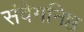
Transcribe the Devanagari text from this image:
संवेगनिष्ठ